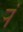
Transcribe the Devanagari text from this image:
र्‍ां